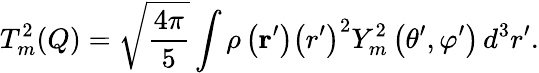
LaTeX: T_{m}^{2}(Q)={\sqrt{\frac{4\pi}{5}}}\int\rho\left(\mathbf{r}^{\prime}\right)\left(r^{\prime}\right)^{2}Y_{m}^{2}\left(\theta^{\prime},\varphi^{\prime}\right)\, d^{3}r^{\prime}.